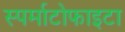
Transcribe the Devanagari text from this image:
स्पर्माटोफाइटा